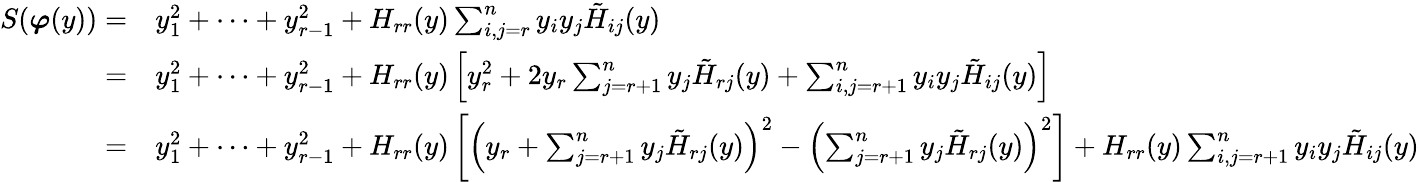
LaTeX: {\begin{array}{rl}{S({\boldsymbol{\varphi}}(y))=}&{y_{1}^{2}+\cdots+y_{r-1}^{2}+H_{rr}(y)\sum_{i,j=r}^{n}y_{i}y_{j}{\tilde{H}}_{ij}(y)}\\ {=}&{y_{1}^{2}+\cdots+y_{r-1}^{2}+H_{rr}(y)\left[y_{r}^{2}+2y_{r}\sum_{j=r+1}^{n}y_{j}{\tilde{H}}_{rj}(y)+\sum_{i,j=r+1}^{n}y_{i}y_{j}{\tilde{H}}_{ij}(y)\right]}\\ {=}&{y_{1}^{2}+\cdots+y_{r-1}^{2}+H_{rr}(y)\left[\left(y_{r}+\sum_{j=r+1}^{n}y_{j}{\tilde{H}}_{rj}(y)\right)^{2}-\left(\sum_{j=r+1}^{n}y_{j}{\tilde{H}}_{rj}(y)\right)^{2}\right]+H_{rr}(y)\sum_{i,j=r+1}^{n}y_{i}y_{j}{\tilde{H}}_{ij}(y)}\end{array}}